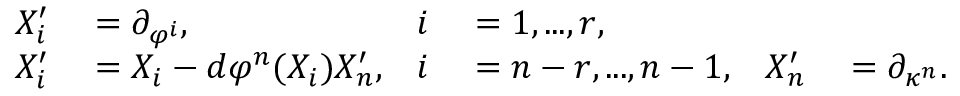
\begin{array} { r l r l r l } { X _ { i } ^ { \prime } } & { { } = \partial _ { \varphi ^ { i } } , } & { i } & { { } = 1 , . . . , r , } \\ { X _ { i } ^ { \prime } } & { { } = X _ { i } - d \varphi ^ { n } ( X _ { i } ) X _ { n } ^ { \prime } , } & { i } & { { } = n - r , . . . , n - 1 , } & { X _ { n } ^ { \prime } } & { { } = \partial _ { \kappa ^ { n } } . } \end{array}